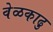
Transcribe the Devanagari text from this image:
वेळकाढु